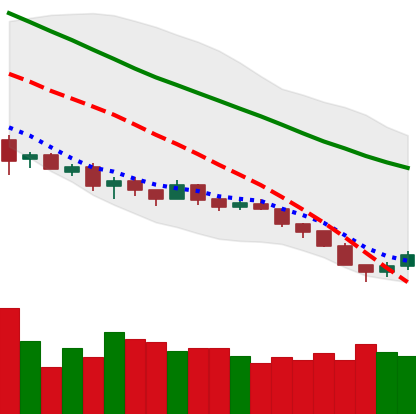
Ticker: EOS-USD
Chart end date: 2018-12-09
Forward return: -10.03%
Label: down_7plus